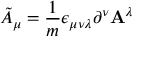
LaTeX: { \tilde { A } } _ { \mu } = \frac { 1 } { m } \epsilon _ { \mu \nu \lambda } \partial ^ { \nu } { \bf A } ^ { \lambda }